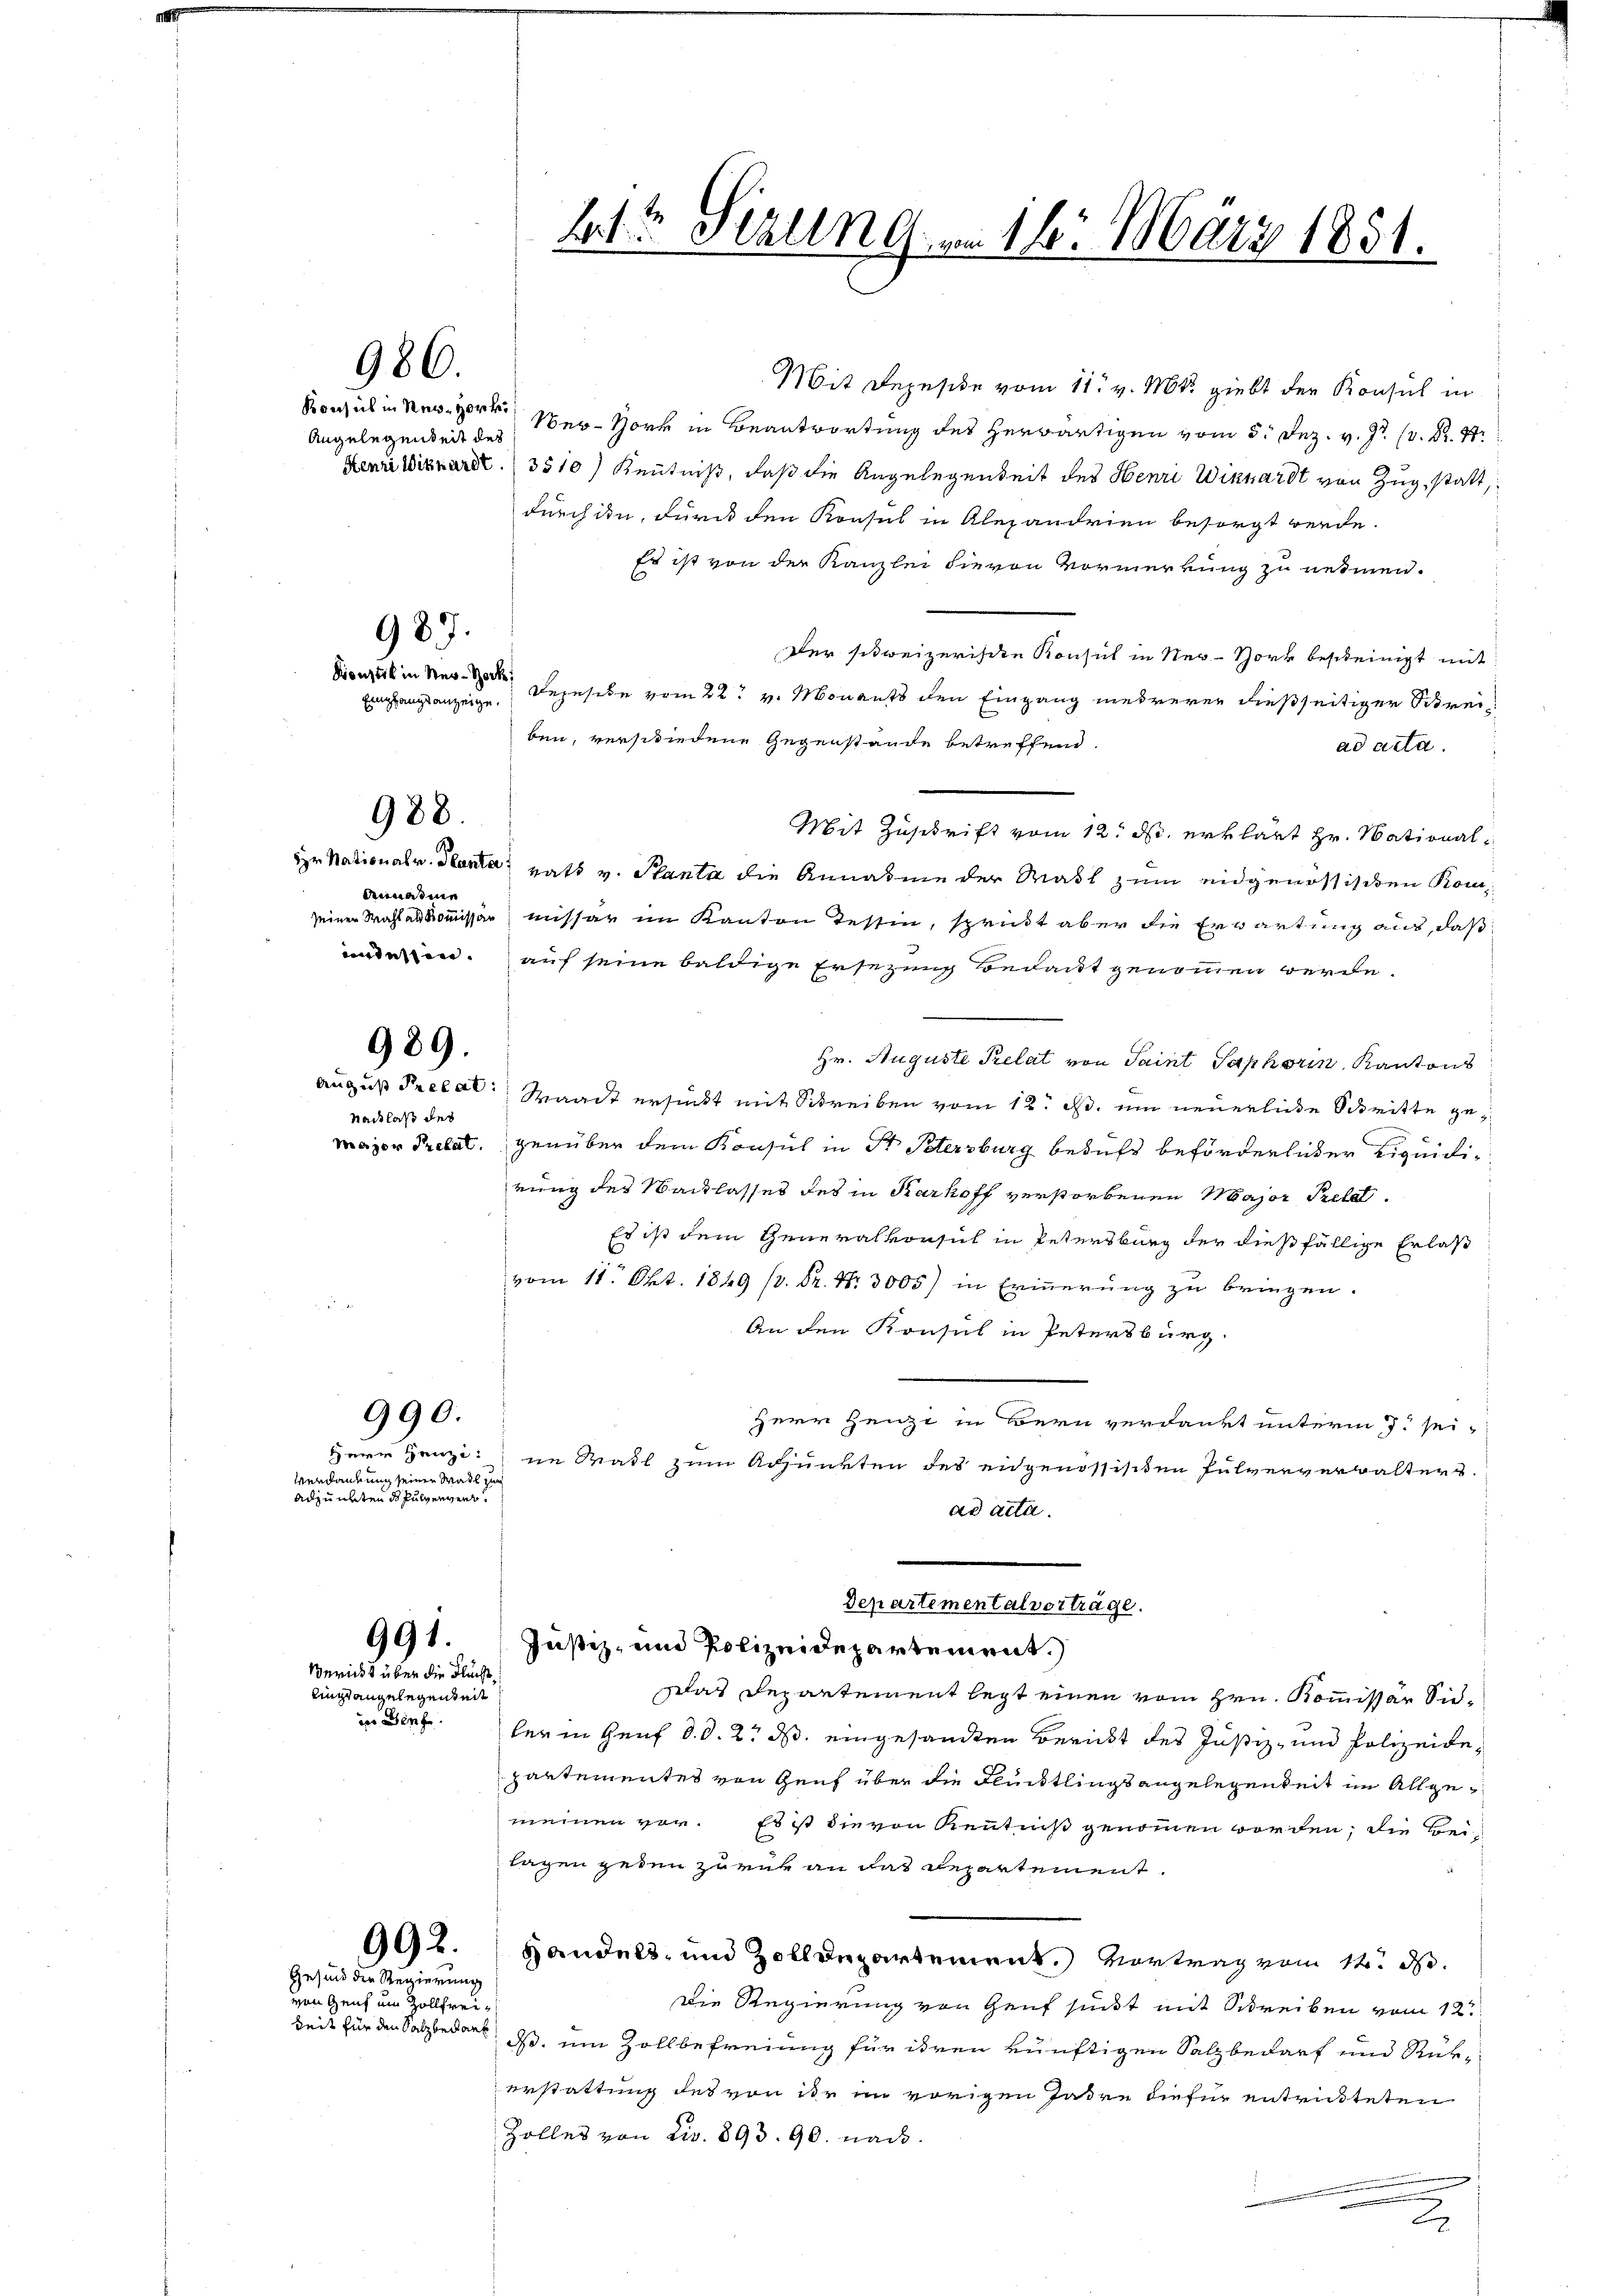
986.

Angelegenheit des

987.

988.

Annahme

989.

Nachlaß des
Major Pretat.

990.
Herr Henzi

Verdankung seinen Wadl zum
Adjunkten ds Pulvervent.

991.
Bericht über die Flücht¬

lings angelegenheit
des Berge

Gesind der Regierung

Mit Depesche vom 11. v. Mts. giebt der Konsul in
Konsul in Neger Wer-Hork in Beantwortung des herwärtigen vom 5. Dez. v. J. (v. Dr. Str
Lenri Wickart. 3510) Kenntniß, daß die Angelegenheit des Henri Winhardt von Zug, statt,
durch ihn, durch den Konsul in Alexandrien besorgt werde.
Es ist von der Kanzlei hievon Vormerkung zu nehmen.
Der schweizerische Konsul in New-York bescheinigt mit
Binz in der Legesehe vom 22. v. Monants den Eingang mehrerer dießseitiger Schreiben, verschiedene Gegenstände betreffend.
ad acta.
Mit Zuschrift vom 12. ds. erklärt Hr. National¬
Hr Nationalv. Santa hatt v. Planta die Annahme der Maßl zum eidgenössischen Komseiner Wahl abkommissär missar im Kanton Tessin, sprit aber die Erwartung aus, daß
weisen. auf seine baldige Ersezung bedankt genommen werde.
Hr. Auguste Relat von Saint Saphorin, Kantons
August Precat: Waadt ersucht mit Schreiben vom 12. d. um neuerliche Schritte gegenüber dem Konsul in St. Petersburg behufs beförderlicher Liquidirung des Wacklasses des in Karkoff verstorbenen Major Prelat
Es ist dem Generalvorsich in Petersburg der dießfällige Erlaß
vom 11. Okt. 1849 f. Dr. Nr. 3005) in Erinnerung zu bringen.
An den Konsul in Petersburg.
Herr Henzi in Bern verdankt unterm 7. seine Wahl zum Adjunkten des eidgenössisiten Pulververwalters.
ad acta.
Departementalverträge.
Justiz- und Polizeidepartement.)
Das Departement legt einen vom Hrn. Kommissär Sidler in Genf d. d. 2. ds. eingesandten Bericht des Justiz- und Polizeidepartementes von Genf über die Flüchtlings angelegenheit im Allgemeinen vor. Es ist die von Kenntniß genommen worden; die Beitagen geten zurük an das Repartement.
992. Handels- und Zolldepartement. Vortrag vom 14. d.
Die Regierung von Genf sicht mit Schreiben vom 12t
keit für den Salzbedarf, daß, um Zollbefreiung für ihren künftigen Salzbedarf und Rükerstattung des von ihr im vorigen Jahre dieser entrichteten
Zolles von Civ. 893. 90. nach.

von Zeit um Zollfrei¬

Empfangsanzeige.

ht Sizung am 16. März 1851.